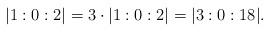
LaTeX: \begin{align*} |1:0:2| = 3\cdot|1:0:2| = |3:0:18|. \end{align*}